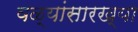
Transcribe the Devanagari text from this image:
वळ्यांसारख्या